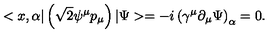
< x , \alpha | \left( \sqrt { 2 } \psi ^ { \mu } p _ { \mu } \right) | \Psi > = - i \left( \gamma ^ { \mu } \partial _ { \mu } \Psi \right) _ { \alpha } = 0 .